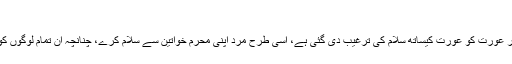
(جاری ہے) ہ
دوم:سلام عام کرنے کا حکم تمام مؤمنوں کیلئے ہے، اس میں مرد کو مرد کیساتھ اور عورت کو عورت کیساتھ سلام کی ترغیب دی گئی ہے، اسی طرح مرد اپنی محرم خواتین سے سلام کرے، چنانچہ ان تمام لوگوں کو سلام میں پہل کرنے کا حکم دیا گیا ہے، اور سلام کا جواب دینا سب پر لازمی ہے۔